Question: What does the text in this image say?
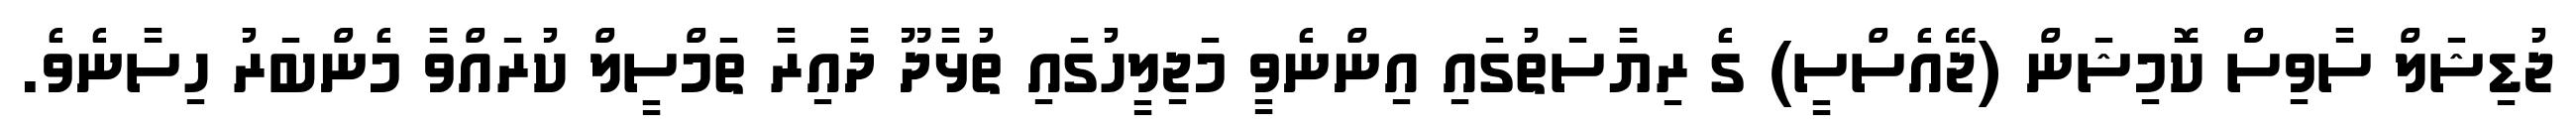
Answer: ޖުޑިޝަލް ސާވިސް ކޮމިޝަން (ޖޭއެސްސީ) ގެ ރިޔާސަތުގައި އިންނެވީ މަޖިލީހުގައި ތުޅާދޫ ދާއިރާ ތަމްސީލް ކުރައްވާ މެންބަރު ހިސާނެވެ.